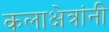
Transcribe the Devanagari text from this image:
कलाक्षेत्रांनी